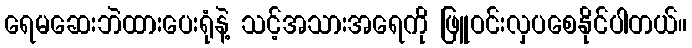
ရေမဆေးဘဲထားပေးရုံနဲ့ သင့်အသားအရေကို ဖြူဝင်းလှပစေနိုင်ပါတယ်။